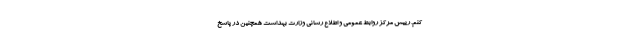
کنم. رییس مرکز روابط عمومی و اطلاع رسانی وزارت بهداشت همچنین در پاسخ